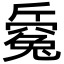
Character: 𣃅